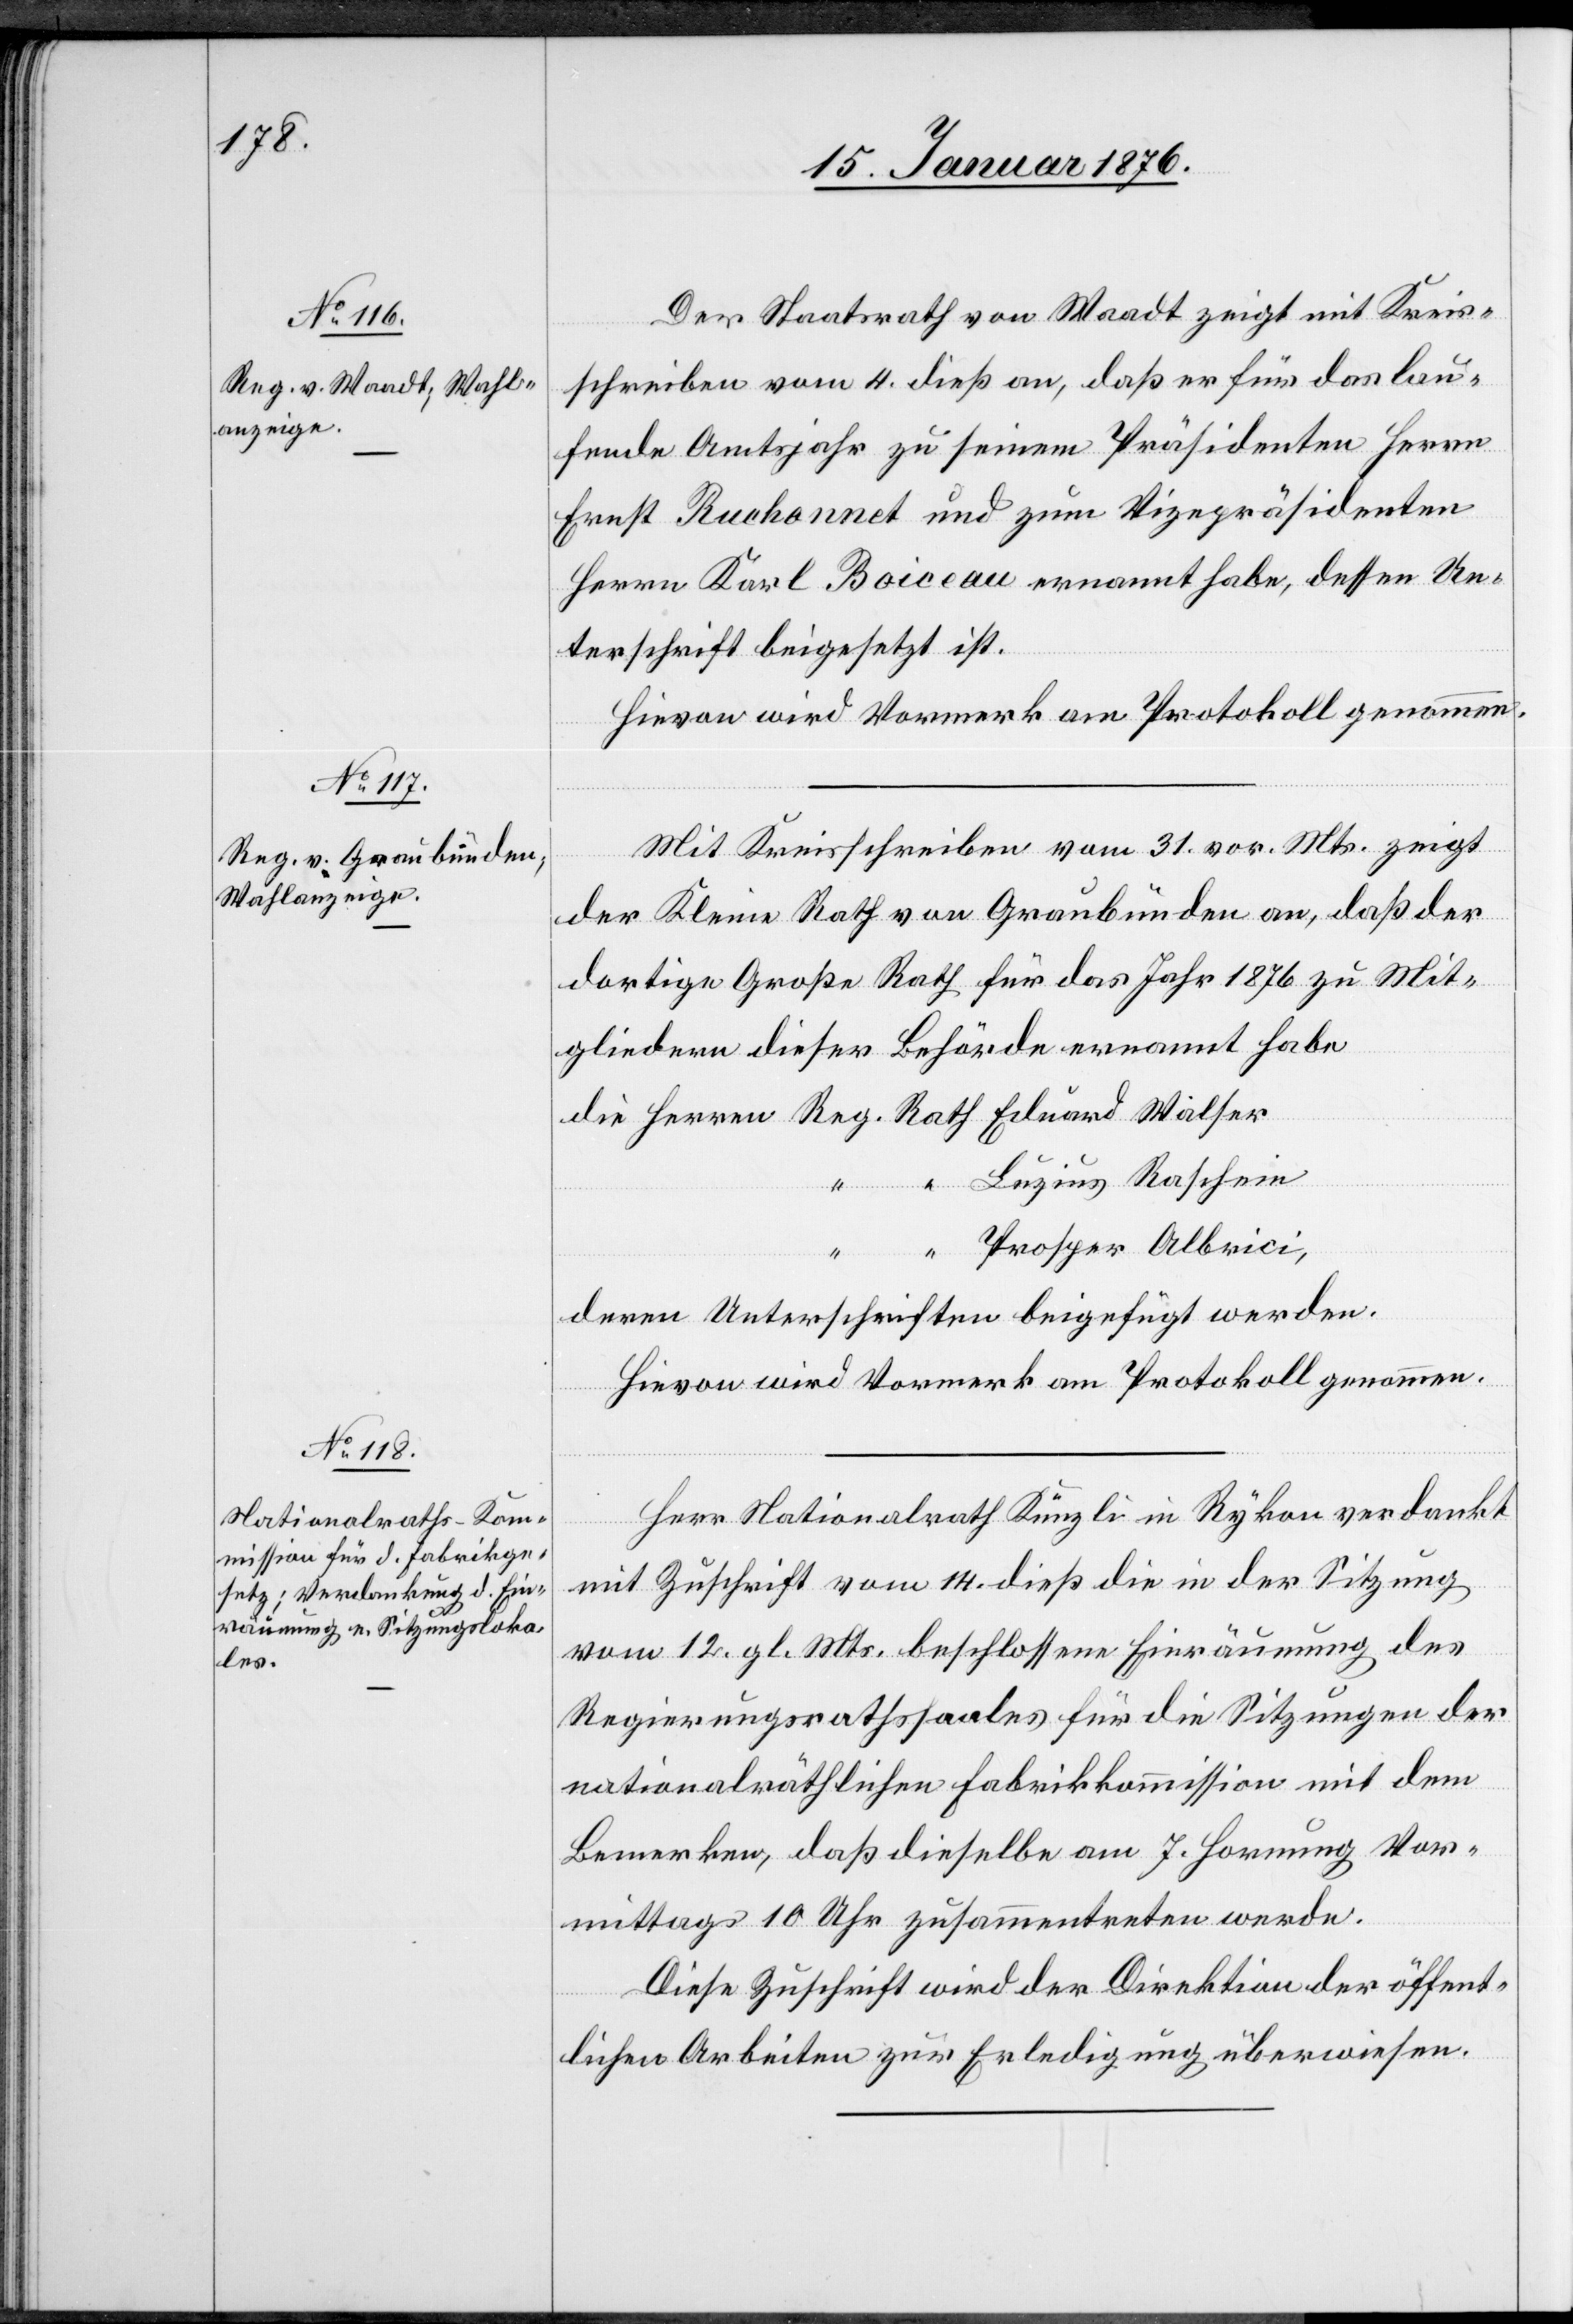
Der Staatsrath von Waadt zeigt mit Kreis¬
schreiben vom 4. dieß an, daß er für das lau¬
fende Amtsjahr zu seinem Präsidenten Herrn
Ernst Ruchonnet und zum Vizepräsidenten
Herrn Karl Boiceau ernannt habe, dessen Un¬
terschrift beigesetze ist.
Hievon wird Vormerk am Protokoll genommen.
Mit Kreisschreiben vom 31. vor. Mts. zeigt
der Kleine Rath von Graubünden an, daß der
dortige Große Rath für das Jahr 1876 zu Mit¬
gliedern dieser Behörde ernannt habe
die Herren Reg. Rath Eduard Walser
“ Luzius Raschein
Prosper Albrici,
deren Unterschriften beigefügt werden.
Hievon wird Vormerk am Protokoll genommen.
Herr Nationalrath Künzli in Rykon verdankt
mit Zuschrift vom 14. dieß die in der Sitzung
vom 12. gl. Mts. beschlossene Einräumung des
Regierungsrathssaales für die Sitzungen der
nationalräthlichen Fabrikkommission mit dem
Bemerken, daß dieselbe am 7. Hornung Vor¬
mittags 10 Uhr zusammentreten werde.
Diese Zuschrift wird der Direktion der öffent¬
lichen Arbeiten zur Erledigung überwiesen.